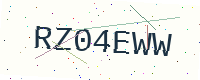
Text: RZ04EWW